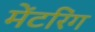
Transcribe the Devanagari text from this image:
मेंटरिंग